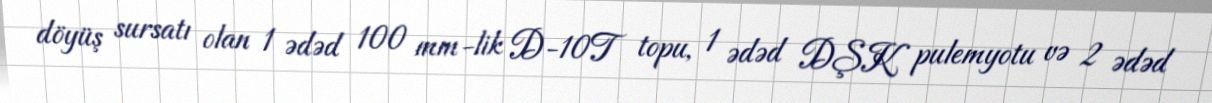
döyüş sursatı olan 1 ədəd 100 mm-lik D-10T topu, 1 ədəd DŞK pulemyotu və 2 ədəd